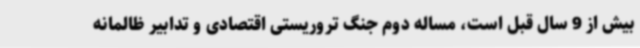
بیش از 9 سال قبل است، مساله دوم جنگ تروریستی اقتصادی و تدابیر ظالمانه